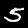
Digit: 5